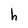
Character: h